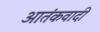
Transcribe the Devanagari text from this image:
आतंंकवादी